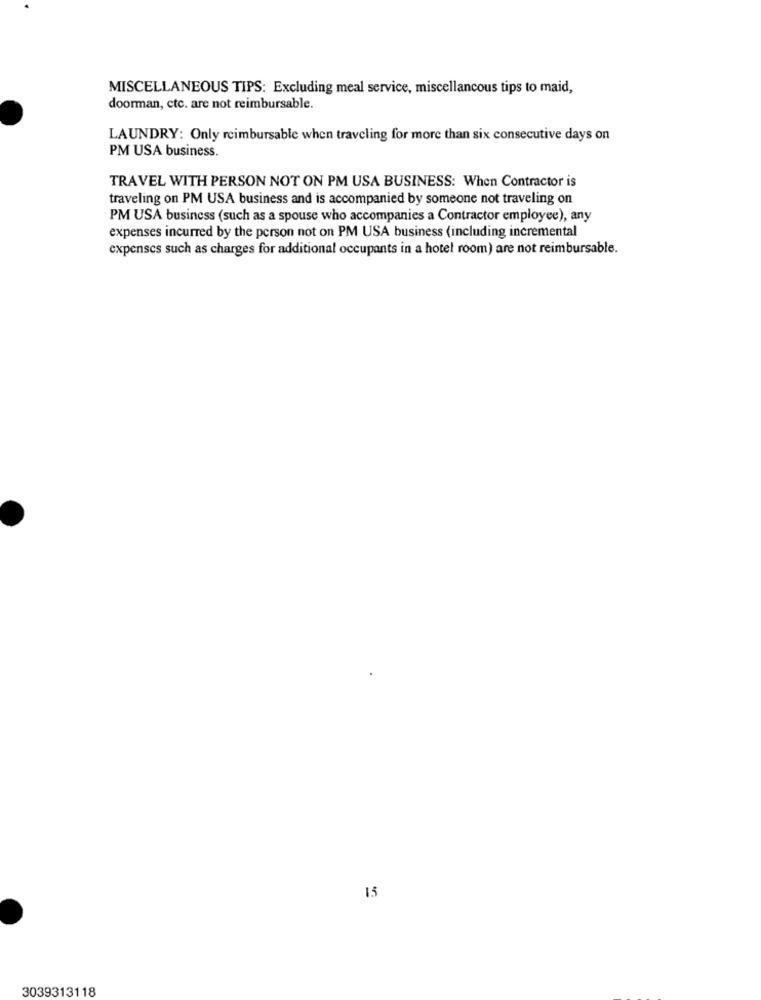
MISCELLANEOUS TIPS: Excluding meal service, miscellancous tips to maid,
doorman, etc. are not reimbursable.
LAUNDRY: Only reimbursable when traveling for more than six consecutive days on
PM USA business.
TRAVEL WITH PERSON NOT ON PM USA BUSINESS: When Contractor is
traveling on PM USA business and is accompanied by someone not traveling on
PM USA business (such as a spouse who accompanies a Contractor employee), any
expenses incurred by the person not on PM USA business (including incremental
expenses such as charges for additional occupants in a hotel room) are not reimbursable.
15
3039313118